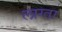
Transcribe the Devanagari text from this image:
लाग्ता